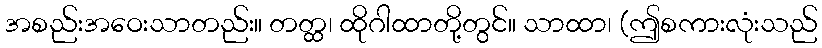
အစည်းအဝေးသာတည်း။ တတ္ထ၊ ထိုဂါထာတို့တွင်။ သာထာ၊ (ဤစကားလုံးသည်